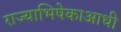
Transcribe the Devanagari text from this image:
राज्याभिषेकाआधी